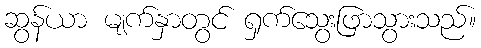
ဆွန်ယာ မျက်နှာတွင် ရှက်သွေးဖြာသွားသည်။